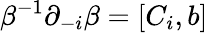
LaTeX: \beta^{-1}\partial_{-i}\beta=[C_{i},b]